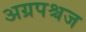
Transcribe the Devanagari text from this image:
अग्रपश्चज